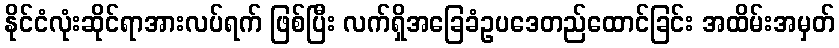
နိုင်ငံလုံးဆိုင်ရာအားလပ်ရက် ဖြစ်ပြီး လက်ရှိအခြေခံဥပဒေတည်ထောင်ခြင်း အထိမ်းအမှတ်